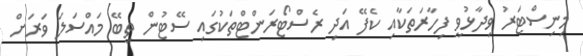
މިނިސްޓަރު ވިދާޅުވީ ފިހާރަތަކާއި ކެފޭ އަދި ރެސްޓޯރަންޓްތަކުގައި ސޭޓުން ތިބޭ މައްސަލަ ވަރަށް